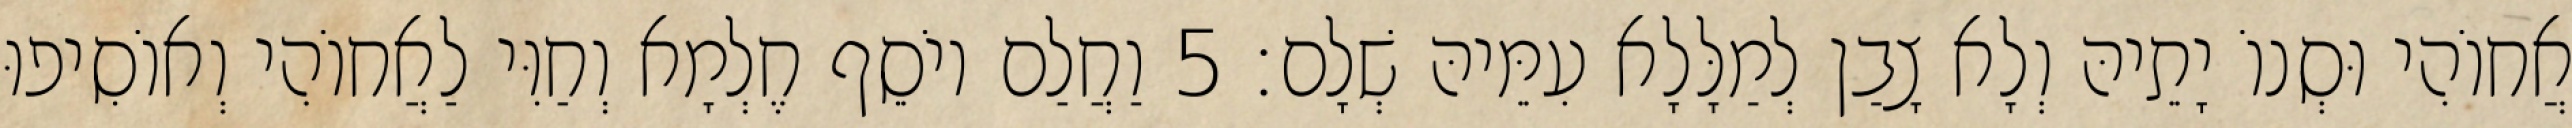
אֲחוֹהִי וּסְנוֹ יָתֵיהּ וְלָא צָבַן לְמַלָּלָא עִמֵּיהּ שְׁלָם׃ 5 וַחֲלַם יוֹסֵף חֶלְמָא וְחַוִּי לַאֲחוֹהִי וְאוֹסִיפוּ